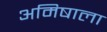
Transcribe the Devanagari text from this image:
अमिषाला